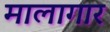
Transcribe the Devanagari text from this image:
मालागार